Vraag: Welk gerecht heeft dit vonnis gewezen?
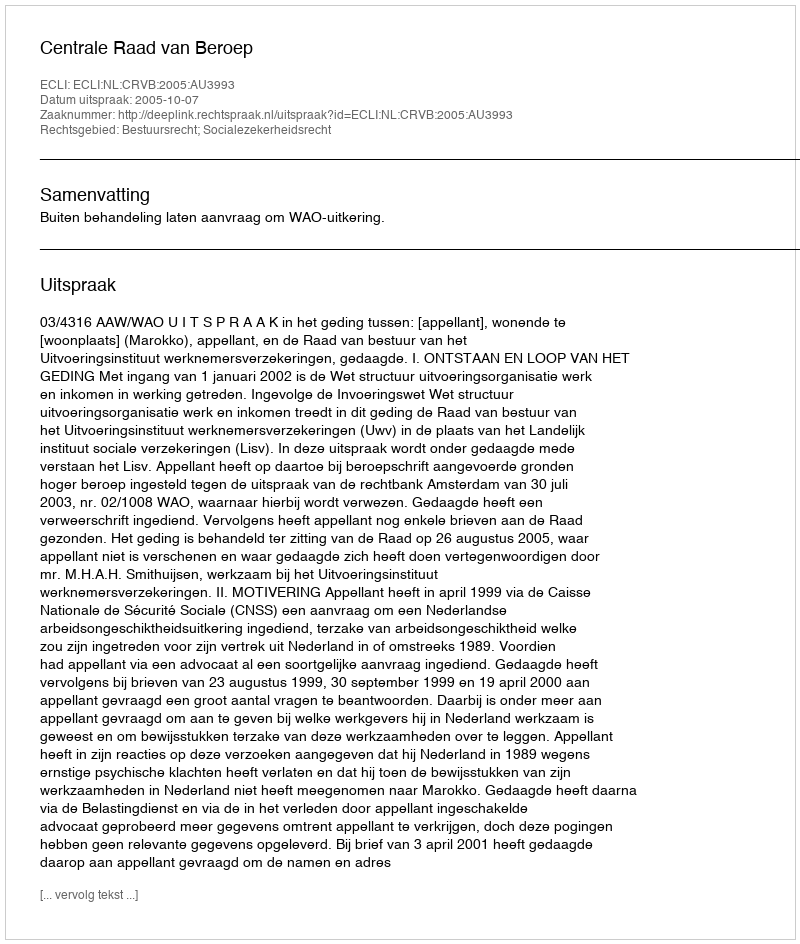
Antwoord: Centrale Raad van Beroep